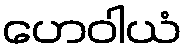
ဟေဝါယံ